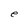
Character: e